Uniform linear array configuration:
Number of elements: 16
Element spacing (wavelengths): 0.75
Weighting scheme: binomial
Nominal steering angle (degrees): -60
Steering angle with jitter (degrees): -60.153
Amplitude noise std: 0.05
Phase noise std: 0.05

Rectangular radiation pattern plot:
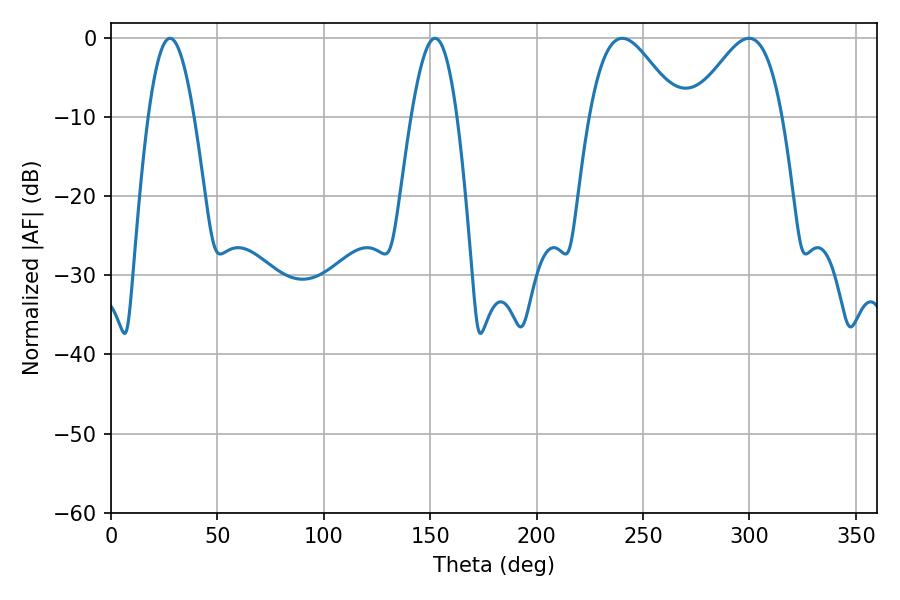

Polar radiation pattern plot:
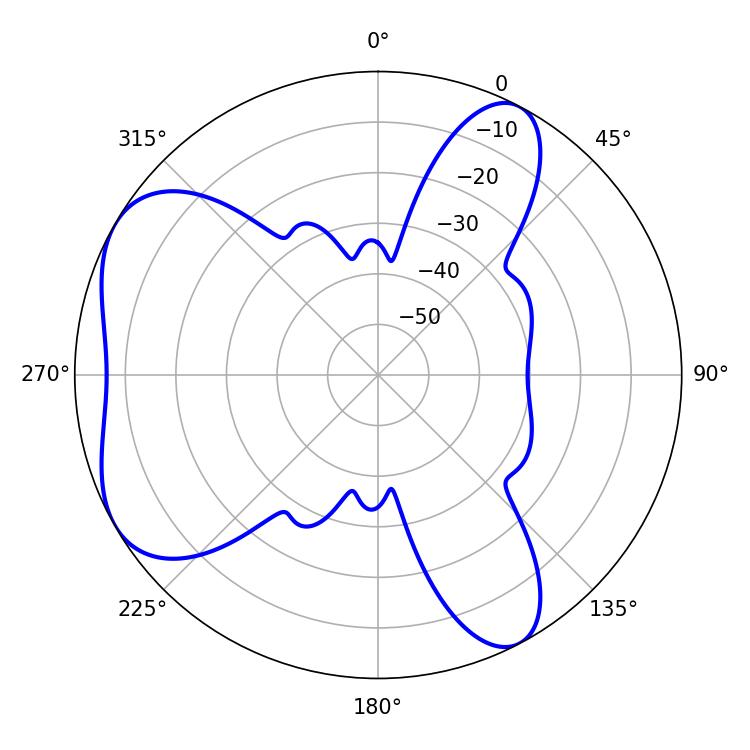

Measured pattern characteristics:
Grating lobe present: TRUE
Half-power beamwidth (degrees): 11.7
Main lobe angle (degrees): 27.72